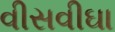
વીસવીઘા